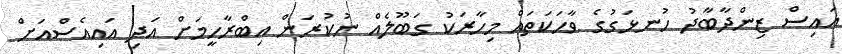
އައިސް ޒިންދާބާދު ހުނޅަގުގެ ވާހަކަތައް މިހާރަކު ގަބޫލެއް ނުކުރަން އިބްރާހީމަށް އަދި އައިއެސްއަށް